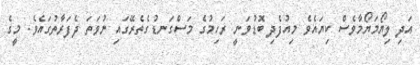
އަދި ލިޔޯމަޔޯމާވެސް ކިޔައެވެ މިއުފެދި ބޮޑުވަނީ ރަހިމުގެ މަސްގަނޑުގެތެރޭގައި ނުވަތަ ދެފަރާތުގައެވެ. މީގެ